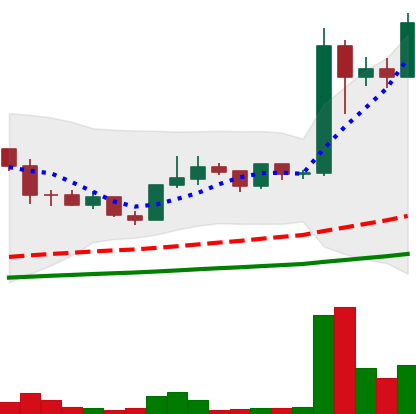
Ticker: LINK-USD
Chart end date: 2019-06-17
Forward return: -6.75%
Label: down_5_7